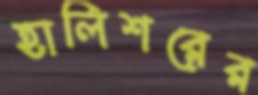
হালিশরের